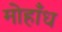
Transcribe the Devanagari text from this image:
मोहाँध